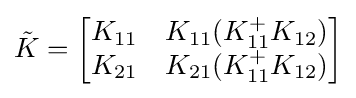
{\textstyle {\tilde {K}}={\begin{bmatrix}K_{11}&K_{11}(K_{11}^{+}K_{12})\\K_{21}&K_{21}(K_{11}^{+}K_{12})\end{bmatrix}}}